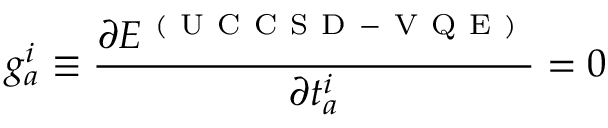
g _ { a } ^ { i } \equiv \frac { \partial E ^ { \mathrm { ~ ( ~ U ~ C ~ C ~ S ~ D ~ - ~ V ~ Q ~ E ~ ) ~ } } } { \partial t _ { a } ^ { i } } = 0